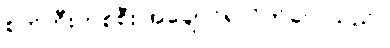
စက်ဘီးတစ်စီး အချောင်ရလိုက်လေသည်။